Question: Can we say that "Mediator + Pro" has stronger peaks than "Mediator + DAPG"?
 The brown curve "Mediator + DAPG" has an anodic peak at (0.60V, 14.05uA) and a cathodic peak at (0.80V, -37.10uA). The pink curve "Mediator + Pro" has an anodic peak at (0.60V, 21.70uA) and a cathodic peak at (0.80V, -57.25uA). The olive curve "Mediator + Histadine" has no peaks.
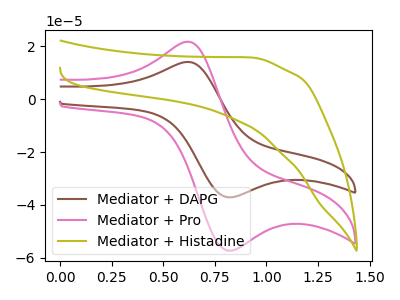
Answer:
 <answer>Every peak in "Mediator + Pro" is higher than every peak in "Mediator + DAPG".</answer>
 <eval>higher</eval>